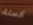
ألسنة